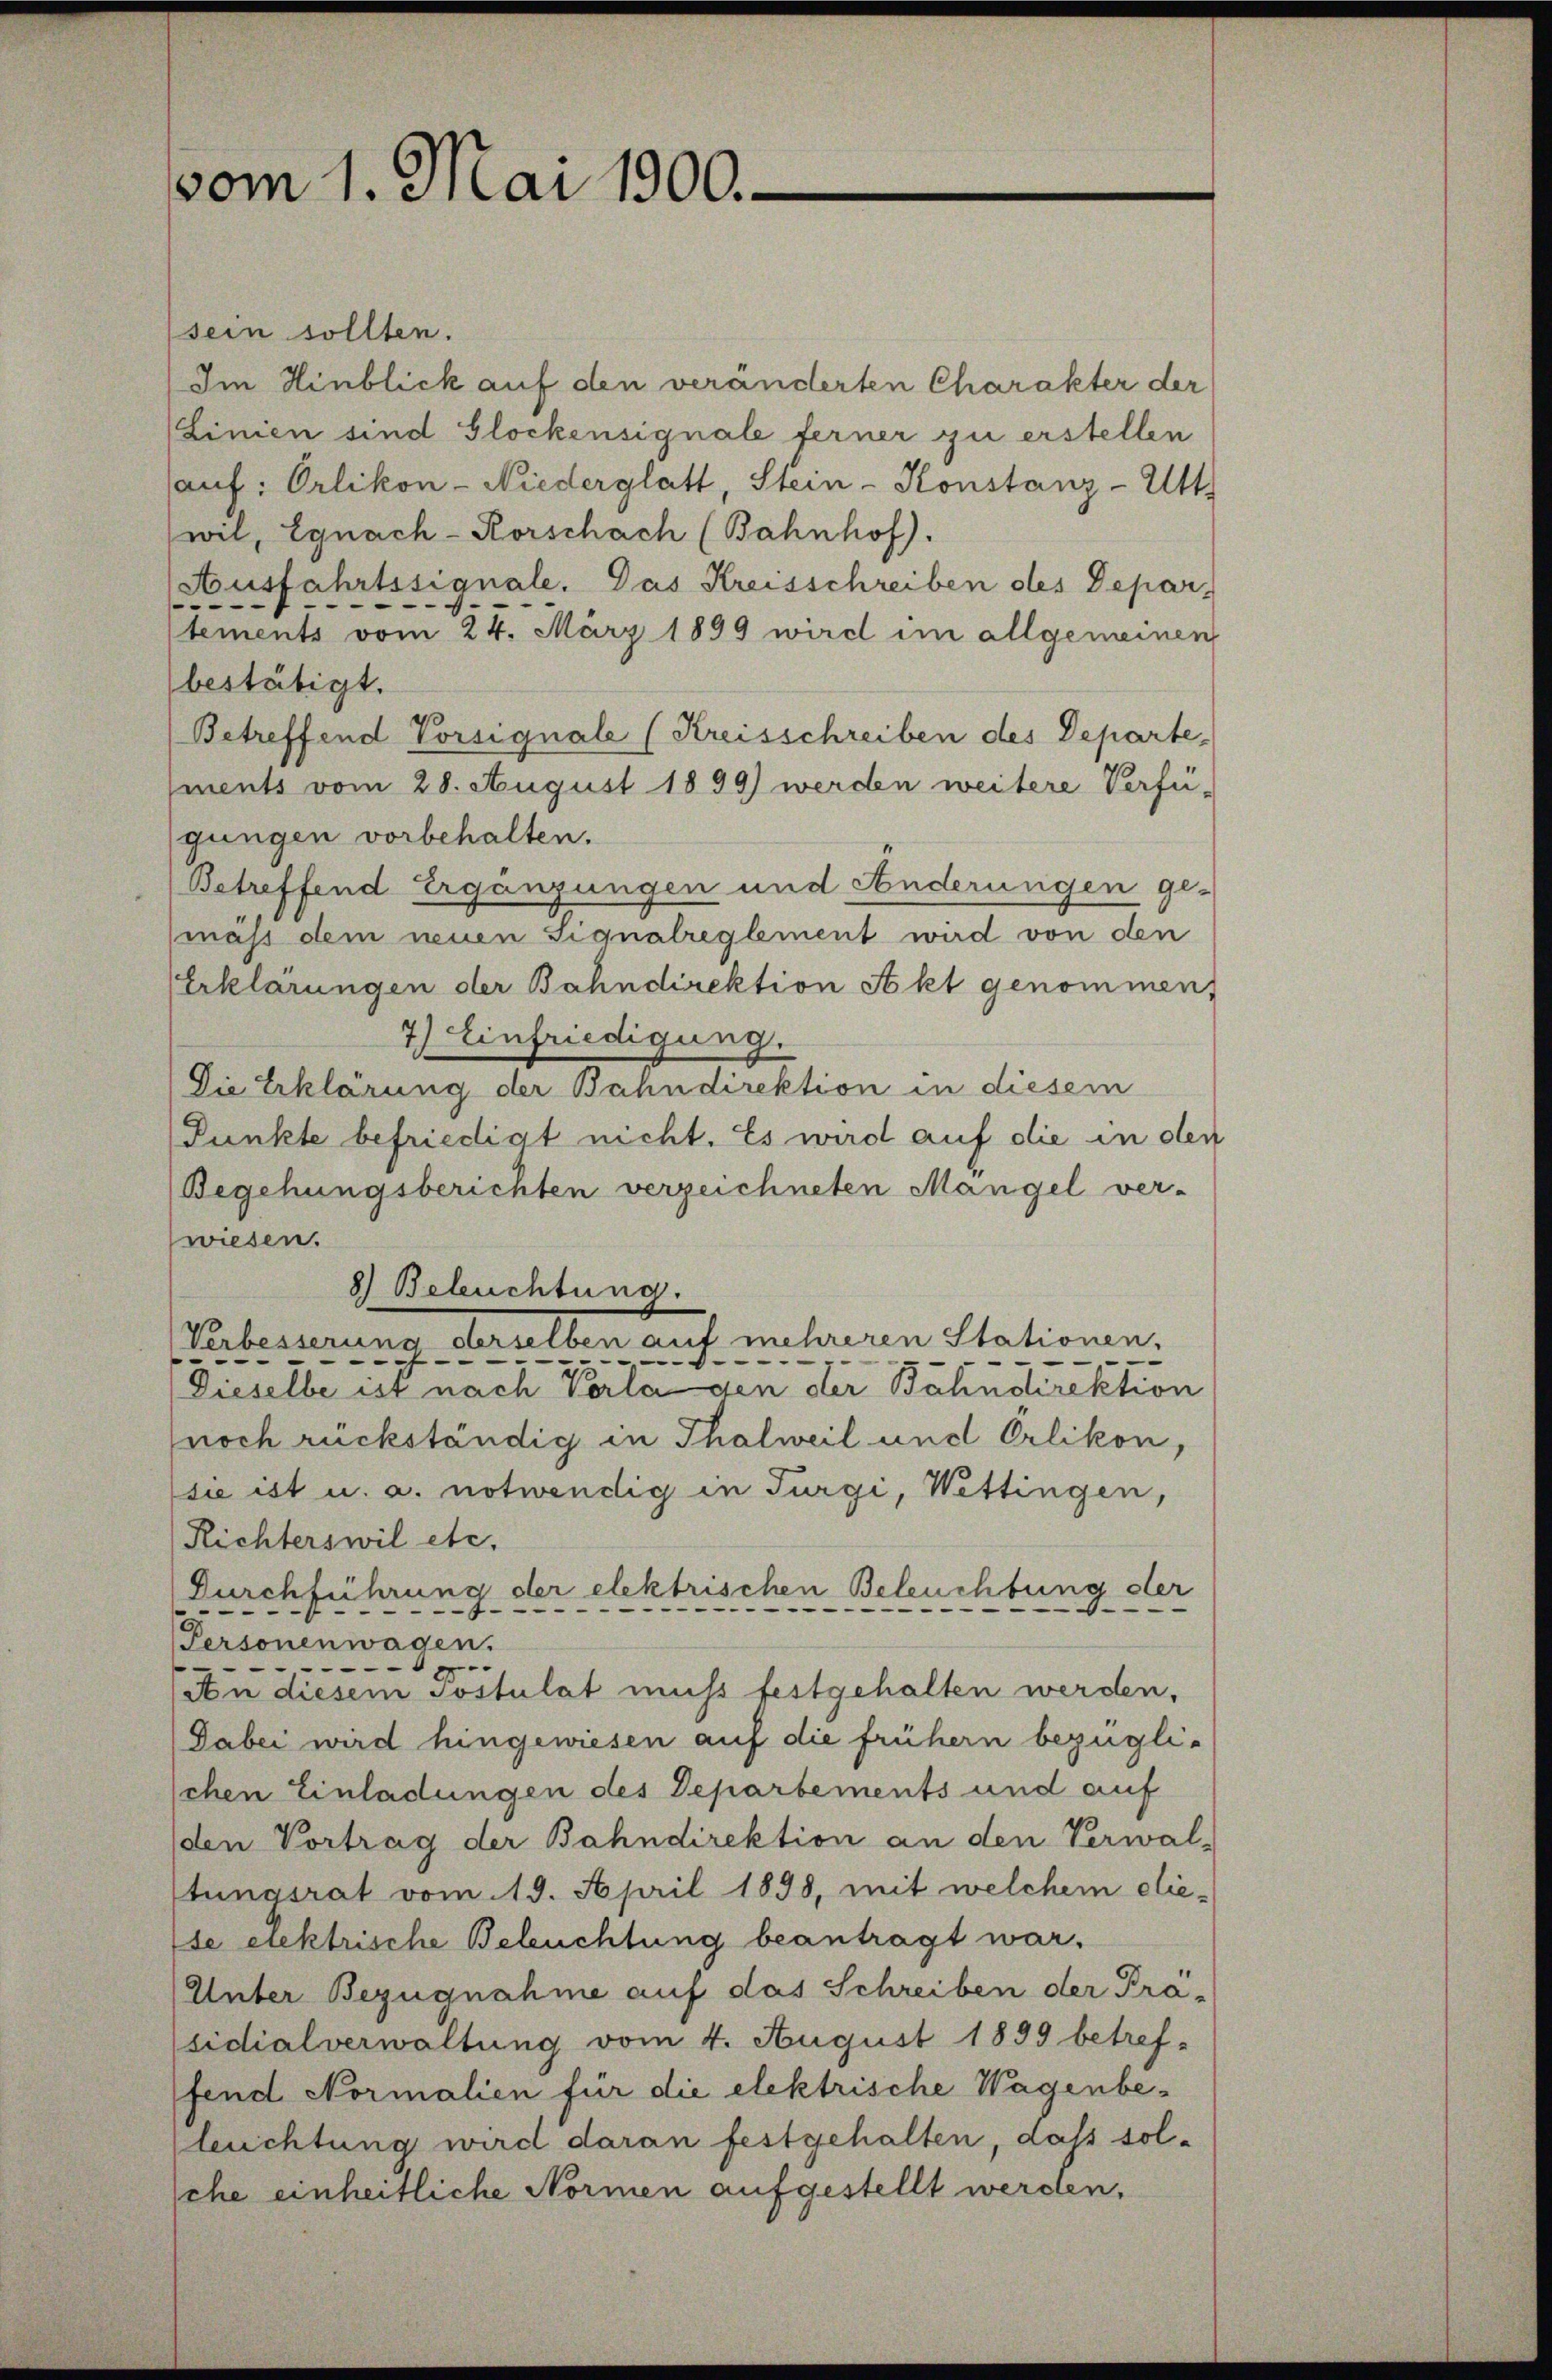
vom 1. Mai 1900.

sein sollten.
Im Hinblick auf den veränderten Charakter der
Linien sind Glockensignale ferner zu erstellen
auf: Orlikon-Niederglatt, Stein-Konstanz-Utt
wil, Egnach-Korschach (Bahnhof.
Ausfahrtssignale. Das Kreisschreiben des Depar-
(tements vom 24. März 1899 wird im allgemeinen
bestätigt.
Betreffend Vorsignale (Kreisschreiben des Departe
ments vom 28. August 1899) werden weitere Verfü-
gungen vorbehalten.
Betreffend Ergänzungen und Änderungen ge-
mäss dem neuen Signalreglement wird von den
Erklärungen der Bahndirektion Akt genommen,
7.) Einfriedigung.
Die Erklärung der Bahndirektion in diesem
Punkte befriedigt nicht. Es wird auf die in den
Begehungsberichten verzeichneten Mangel ver-
wiesen.
8) Besuchtung.
ng derselben auf mehreren Stationen.
Verbesser
e
e
-
—
e
e
Dieselbe ist nach Verladen der Bahndirektion
noch rückständig in Thalweil und Erlikon,
sie ist u. a. notwendig in Turgi, Wettingen,
Richterswil etc.
Durchführung der elektrischen Beleuchtung der

—
e
Personenwagen.
—
1
An diesem Postulat muß festgehalten werden,
Dabei wird hingewiesen auf die frühern bezügli-
chen Einladungen des Departements und auf
(den Vortrag der Bahndirektion an den Verwal-
stungsrat vom 19. April 1898, mit welchem die-
de elektrische Beleuchtung beantragt war.
Unter Bezugnahme auf das Schreiben der Prasidialverwaltung vom 4. August 1899 betreffend Normalien für die elektrische Wagenbeleuchtung wird daran festgehalten, daß solche einheitliche Normen aufgestellt werden,